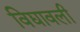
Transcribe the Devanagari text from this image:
विद्यावली